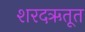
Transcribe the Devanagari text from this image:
शरदऋतूत